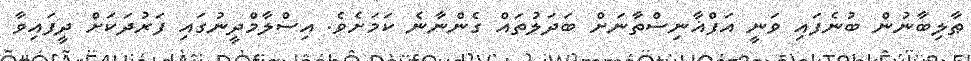
ޠާލިބާނުން ބުނެފައި ވަނީ އަފްޣާނިސްތާނަށް ބަދަލުތައް ގެންނާނެ ކަމަށެވެ. އިސްލާމްދީނުގައި ފަރުދަކަށް ދީފައިވާ